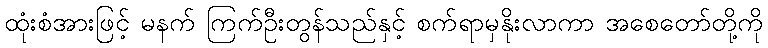
ထုံးစံအားဖြင့် မနက် ကြက်ဦးတွန်သည်နှင့် စက်ရာမှနိုးလာကာ အစေတော်တို့ကို